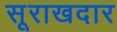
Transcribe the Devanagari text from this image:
सूराखदार